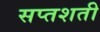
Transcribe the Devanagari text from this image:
सप्‍तशती